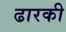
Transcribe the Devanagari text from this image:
ढारकी